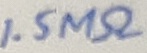
Text: 1.5MΩ